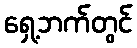
ရှေ့ဘက်တွင်